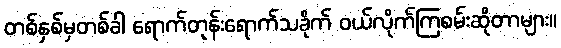
တစ်နှစ်မှတစ်ခါ ရောက်တုန်းရောက်သခိုက် ဝယ်လိုက်ကြစမ်းဆိုတာများ။